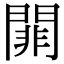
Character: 𨵈